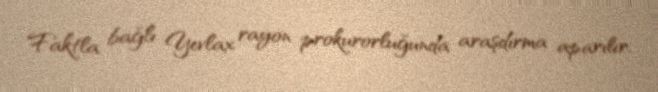
Faktla bağlı Yevlax rayon prokurorluğunda araşdırma aparılır.